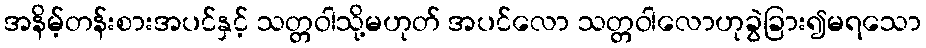
အနိမ့်တန်းစားအပင်နှင့် သတ္တဝါသို့မဟုတ် အပင်လော သတ္တဝါလောဟုခွဲခြား၍မရသော